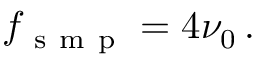
f _ { \mathrm { ~ s ~ m ~ p ~ } } = 4 \nu _ { 0 } \, .